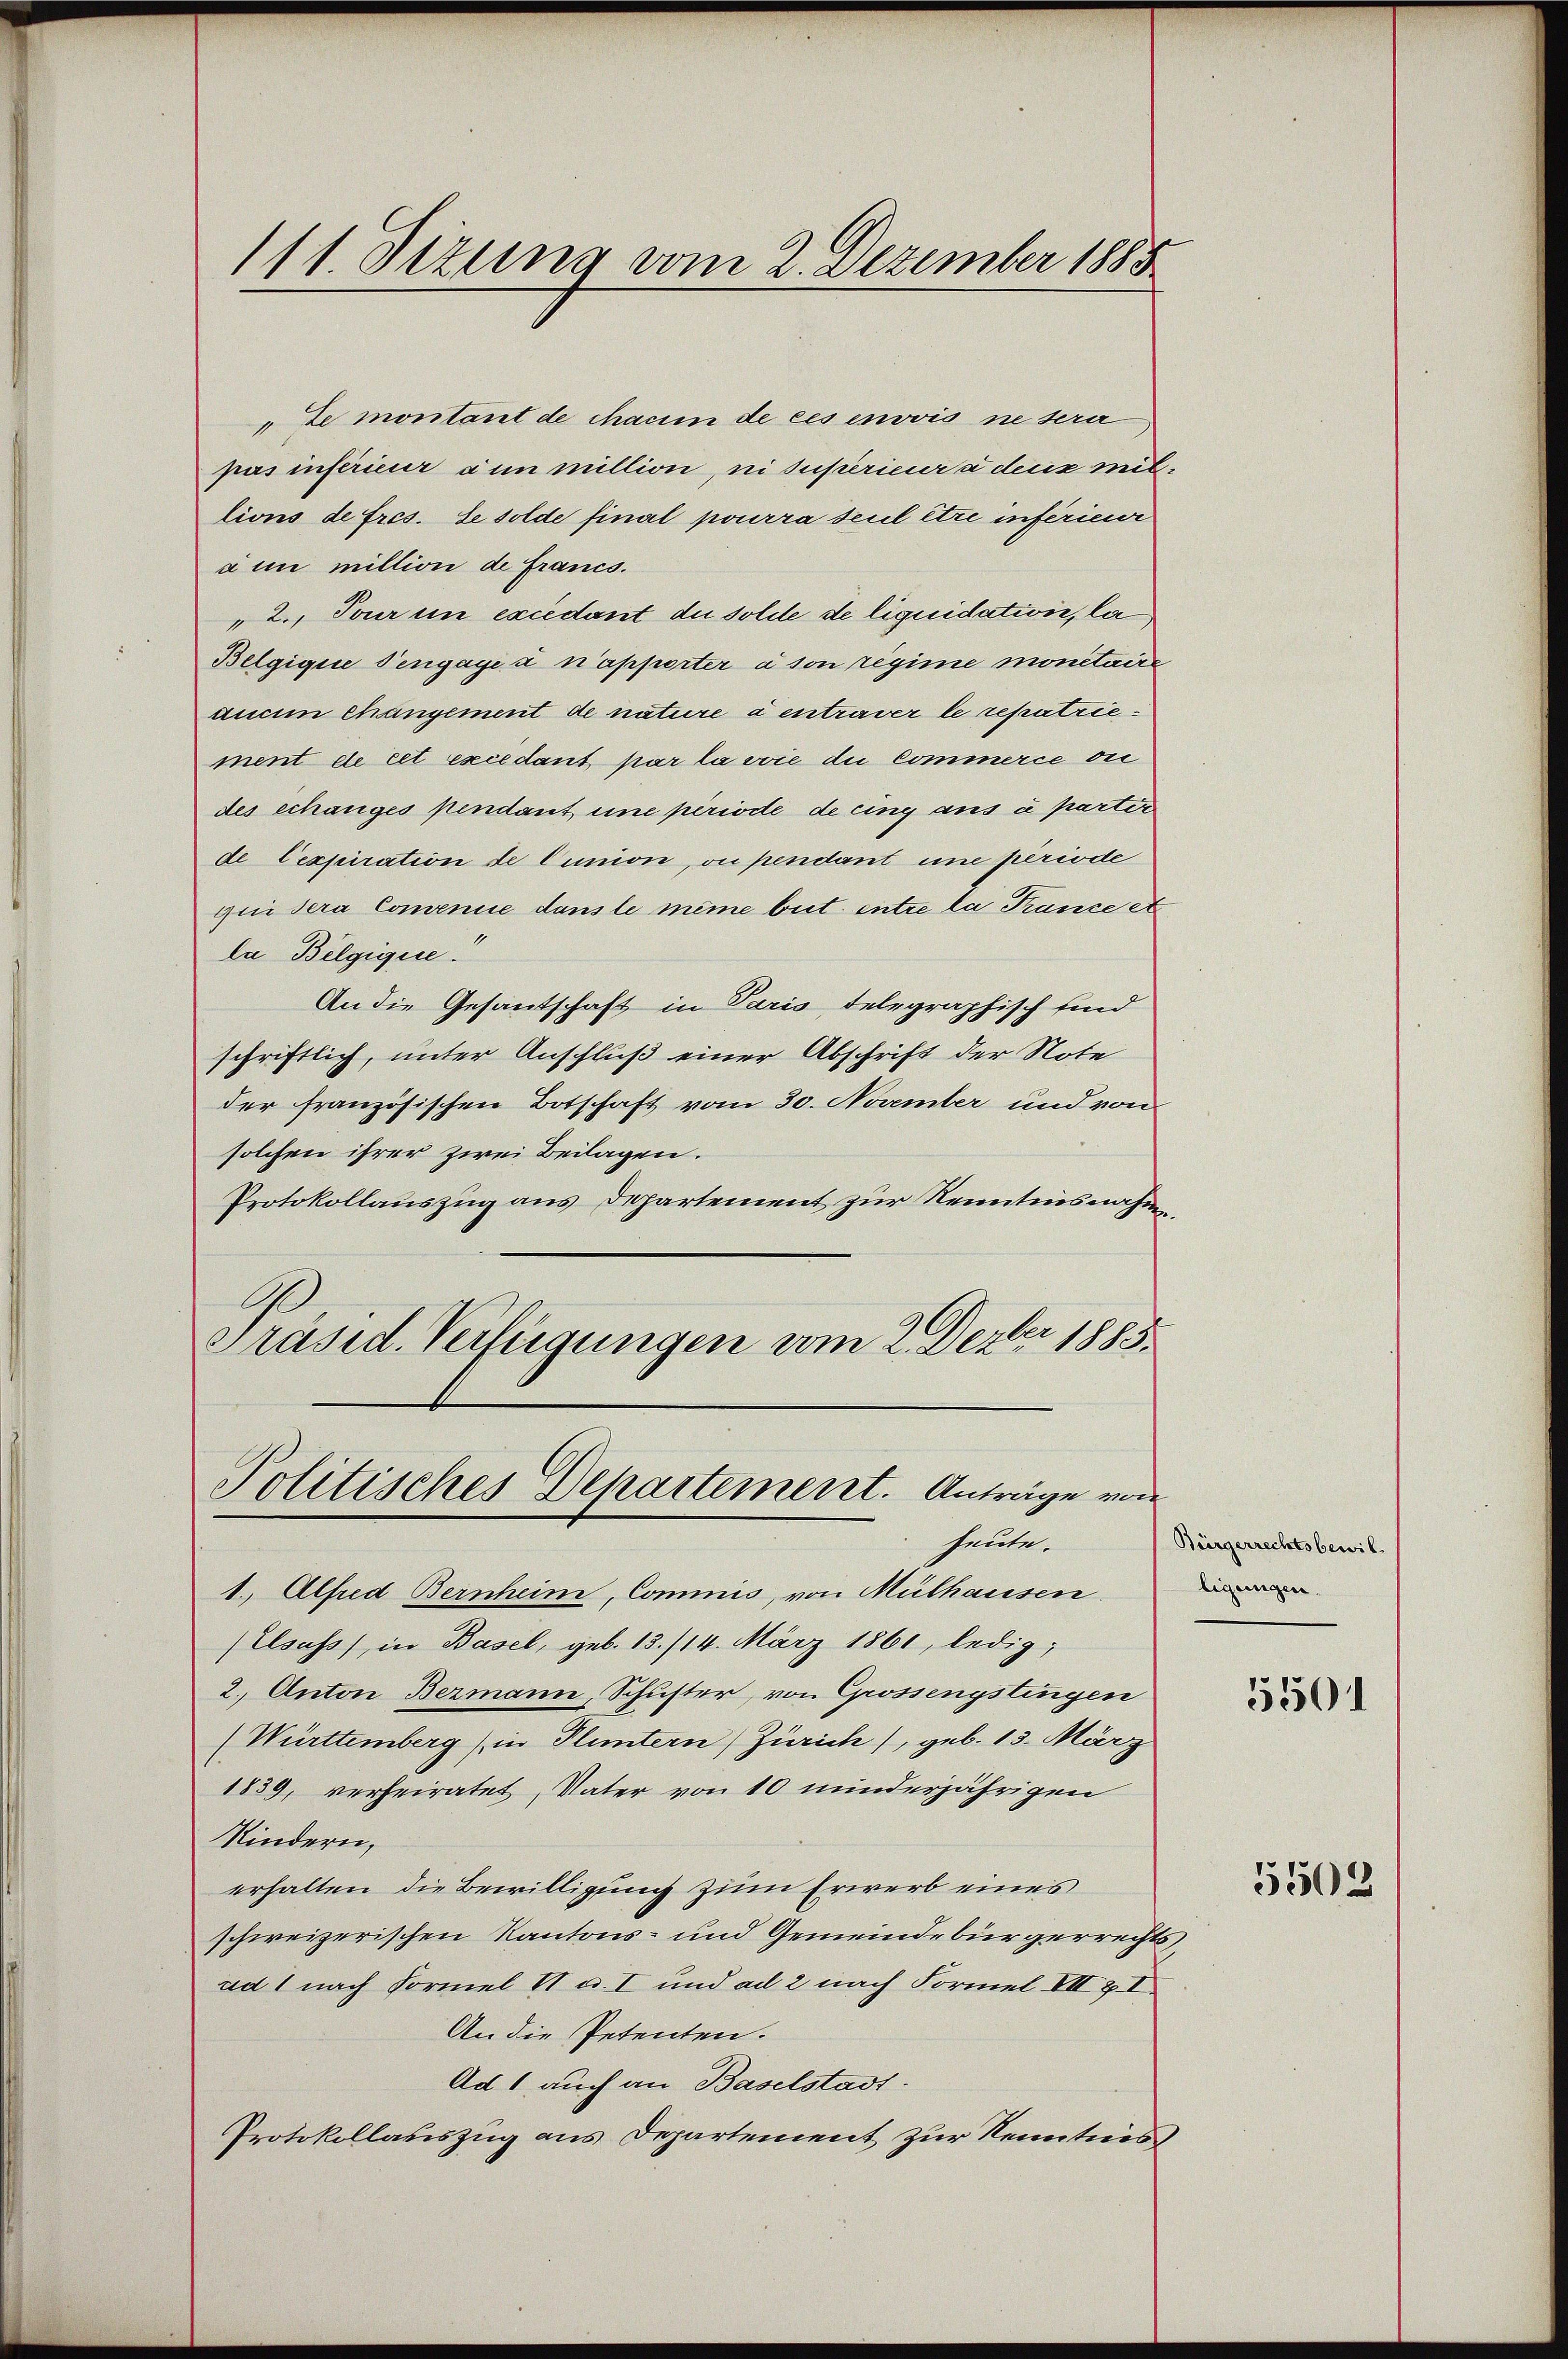
111. Dezung vom 2. Dezember 1885

ze montant de Maum de ces envvis ne sera
pas inférieur ain million, ni superieur a ders miltions de Fres. Se solde final pourra seul etze inferiene
à un million de francs.
„2. Tour in excédant du solde de liquidation, la
Belgique Tengage a n’apporter à son regime monetaire
auem changement de nature à entraver le repatriement de cet excédant par la vie die Commerce ou
des echanges pendant une periode de eing aus u parter
de Cexpiration de Cunion, ou pendant eine periode
qui sera Comenice dans le même beit entre la Trance et
la Belgigise.
An die Gesantschaft in Paris, telegraphisch sind
schriftlich, unter Anschluß einer Abschrift der Note
der französischen Botschaft vom 30. November und von
solchen ihrer zwei Beilagen.
Protokollauszug aus Departement zur Kenntnisnahme
Präsid. Verfügungen vom 2. Dezbr 1883.

Politisches Departement. Anträge von
heute.

1. Alfred Bernheim, Commis, von Mülhausen.
Elsass, in Basel, geb. 13./14. März 1861, ledig,
2. Anton Bermann, Schuster, von Grossengstingen
(Württemberg (in Fluntern) Zürich), geb. 13. März
1839, verheiratet, Vater von 10 minderjährigen
Kindern,
erhalten die Bewilligung zum Erwerb eines
schweizerischen Kantons- und Gemeindebürgerrechts
ad 1 nach Formel II u. I und ad 2 nach Formel VII & I
An die Petenten.
Ad 1 auch an Baselstadt.
Protokollauszug aus Departement zur Kenntnis

Bürgerrechtsbewil
ligungen.

3501

5502